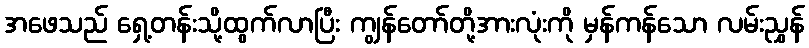
အဖေသည် ရှေ့တန်းသို့ထွက်လာပြီး ကျွန်တော်တို့အားလုံးကို မှန်ကန်သော လမ်းညွှန်